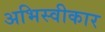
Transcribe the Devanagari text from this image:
अभिस्वीकार